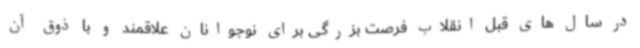
در سال های قبل انقلاب فرصت بزرگی برای نوجوانان علاقمند و با ذوق آن